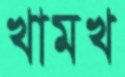
খামখ